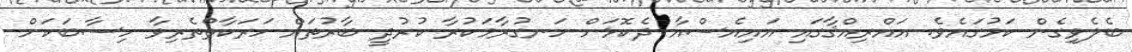
ބެލެވިގެން ކަމުގައެވެ. އައްރިއްޤާގައި އައިއެސްއާ ދެކޮޅަށް ހަނގުރާމަކުރާ ކުރުދީ ބާރުތައް ހަރަކާތްތެރިވާ ހިސާބަކަށް